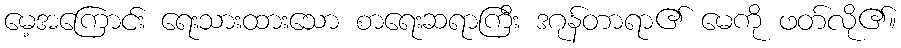
မေ့အကြောင်း ရေးသားထားသော စာရေးဆရာကြီး ဒဂုန်တာရာ၏ မေကို ဖတ်လို၏။